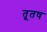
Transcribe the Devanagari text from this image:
तूतष